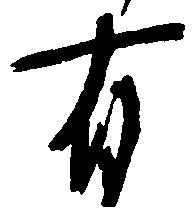
有